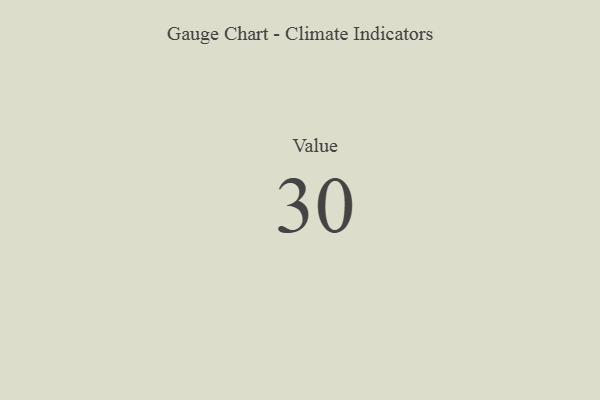
{"axis": {"x": "Metric", "y": "Value"}, "legend": [""], "data": [{"x": "Value", "y": 30, "type": ""}]}